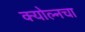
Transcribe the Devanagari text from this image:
क्योल्नचा